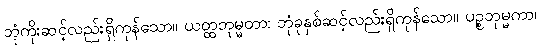
ဘုံကိုးဆင့်လည်းရှိကုန်သော။ ယတ္ထဘုမ္မတာ၊ ဘုံခုနှစ်ဆင့်လည်းရှိကုန်သော။ ပဉ္စဘုမ္မကာ၊